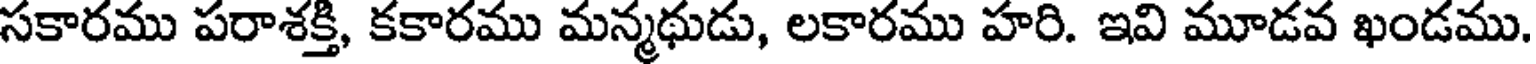
సకారము పరాశక్తి, కకారము మన్మథుడు, లకారము హరి. ఇవి మూడవ ఖండము